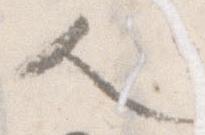
人